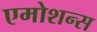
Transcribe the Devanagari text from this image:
एमोशन्स